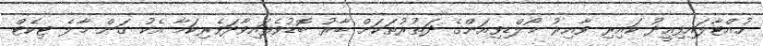
ހުއްޓާލައިފިއީދު ކައިރި ވާއިރު މޯލްޑިވިއަންގެ ދަތުރުތަކަށް ބާރު ބޮޑުވެފައިވާދަވެރިކަމާ އެކު ގަން-މާލެ ޓިކެޓް